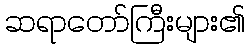
ဆရာတော်ကြီးများ၏